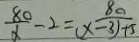
\frac { 8 0 } { x } - 2 = \frac { 8 0 } { ( x - 3 ) + 5 }